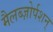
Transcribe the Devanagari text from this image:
मैलब्ज़ोर्पशन्